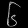
Digit: ၆